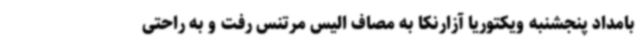
بامداد پنجشنبه ویکتوریا آزارنکا به مصاف الیس مرتنس رفت و به راحتی